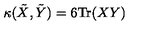
\kappa ( \tilde { X } , \tilde { Y } ) = 6 \mathrm { T r } ( X Y )